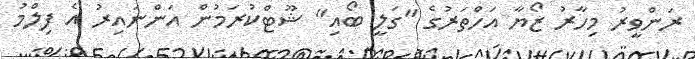
ރަންވީރު މިހާރު ޒޯޔާ އަހްތަރުގެ "ގަލީ ބޯއި" ޝޫޓްކުރަމުން އަންނައިރު އެ ފިލްމު